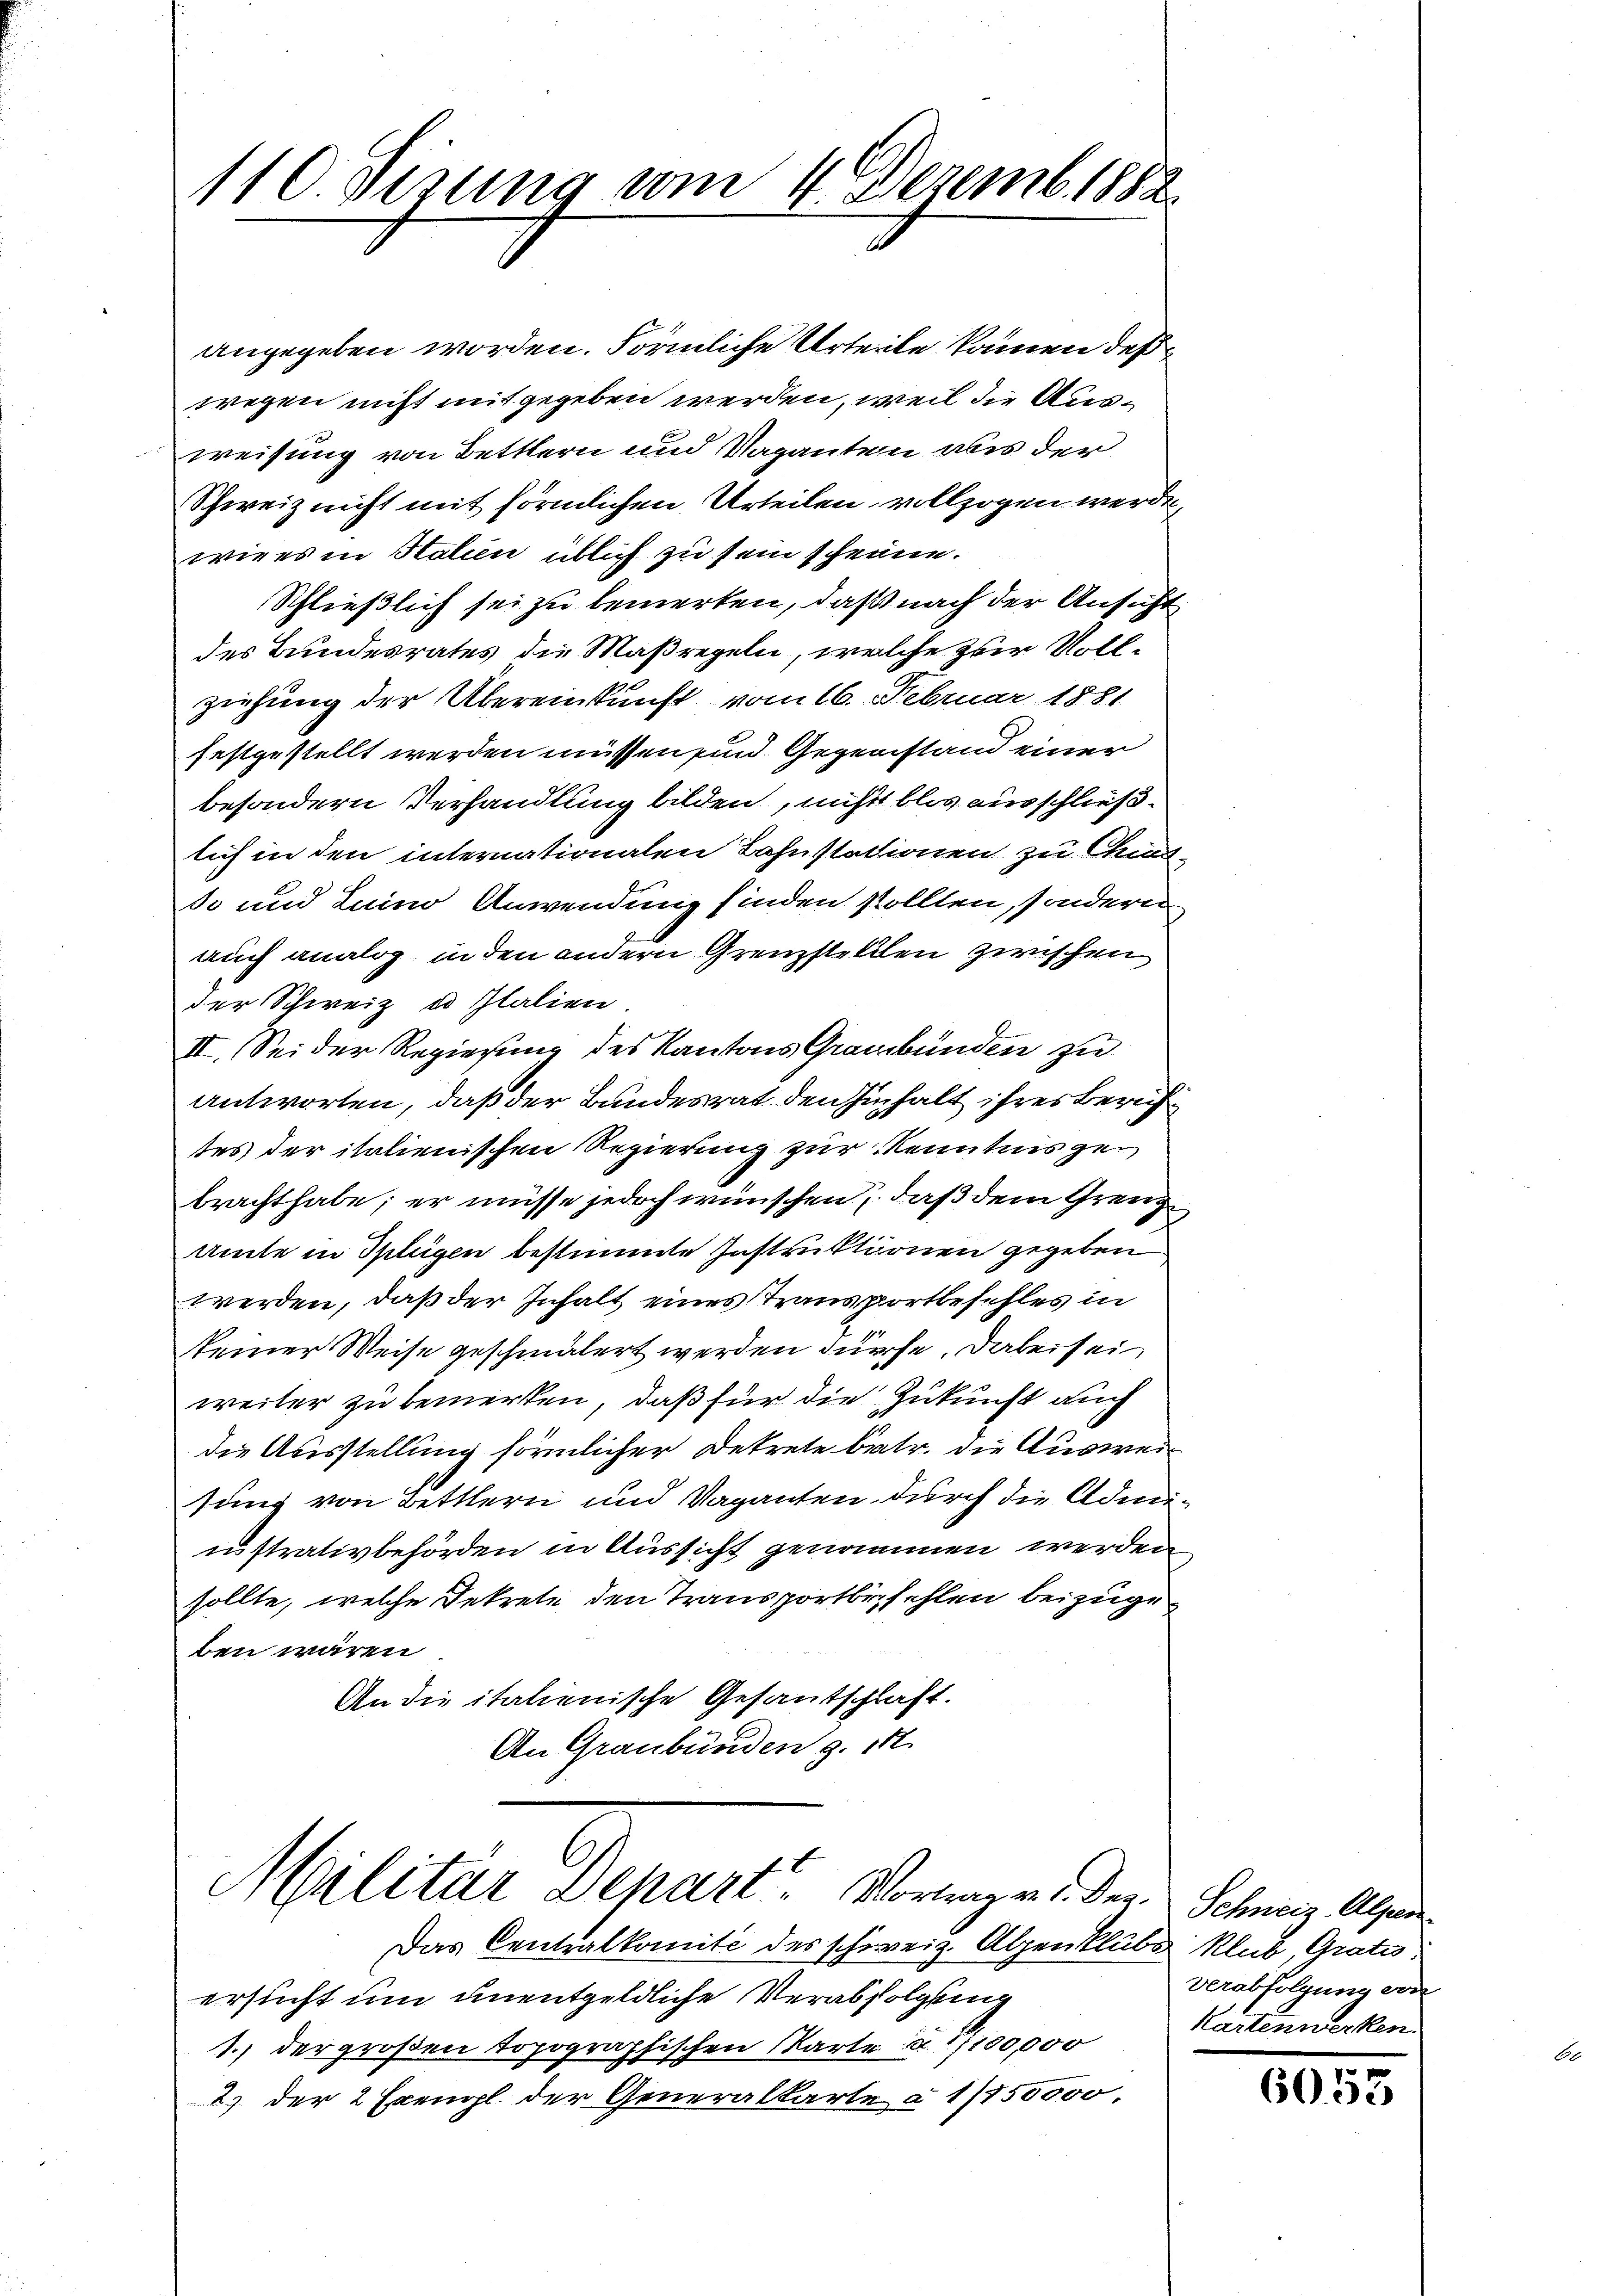
110. Verung vom 4. Dezemb. 1882.

angegeben worden. Förmliche Urteile kommen deß
wegen nicht mit gegeben werden, weil die Ausweisung von Bettlern und Vaganten aus der
Schweiz nicht mit förmlichen Urteilen vollzogen werden,
wie es in Halien üblich zu sein scheune.
Schließlich sei zu bemerken, daß nach der Ansicht
des Bundesrates die Maßregeln, welche zur Vollziehung der Übereinkunft vom 16. Februar 1881
festgestellt werden müssen sind. Gegenstand einer
besondern Verhandlung bilden, nicht blos ausschließlich in den internationalen Bahnstationen zu Chunt
so und Luino Anwendung finden sollten, sondern,
auch analog, in den andern Grenzstellen zwischen
der Schweiz u Italien.
II. Sei der Regierung des Kantons Graubünden zu
antworten, daß der Bundesrat den Einhalt ihres Zürich
tes der italienischen Regierung zur Kenntnis gebracht habe; er müsse jedoch wünschen, daß dem Grenz¬
Amte in Splügen bestimmte Instruktionen gegeben
werden, daß der Inhalt eines Transportbefehles in
keiner Weise geschmälert werden dürfe, dabei sei
weiter zu bemerken, daß für die Zukunft auch
die Ausstellung förmlicher Dekrete betr. die Ausweis
sung von Bettlern und Vaganten durch die Adminnstrativbehörden in Aussicht genommen werden
sollte, welche Dekrete den Transportbefehlen beizugeben wären
An die italienische Gesantschlaft.
An Graubünden z. 14.

Militar Depart. Vortragen. Der

Das Centralkomité des schweiz. Alpenklubs klub, Gratu
ersucht um unentgeldliche Verabfolgung
1.) der großen Topographischen Karte à 1/100,000
2.) der 2 Exempl. der Generalkarte à 1/750000.

Schweiz. Alpen.
verabfolgung ein
Kartenwerken.

6053